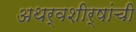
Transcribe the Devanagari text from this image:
अथर्वशीर्षांची